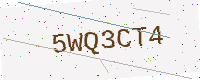
Text: 5WQ3CT4